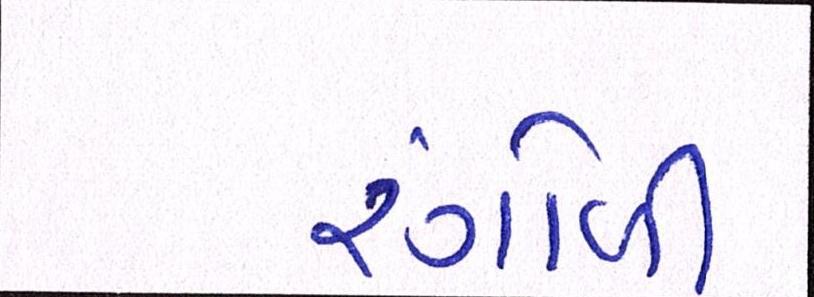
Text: રંગોળી